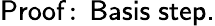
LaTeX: \mathsf{Proof\! :\, Basis\; step.}